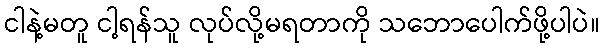
ငါနဲ့မတူ ငါ့ရန်သူ လုပ်လို့မရတာကို သဘောပေါက်ဖို့ပါပဲ။